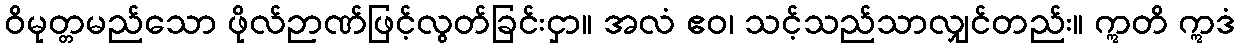
ဝိမုတ္တမည်သော ဖိုလ်ဉာဏ်ဖြင့်လွတ်ခြင်းငှာ။ အလံ ဧဝ၊ သင့်သည်သာလျှင်တည်း။ ဣတိ ဣဒံ